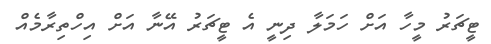
ޓީޗަރު މީހާ އަށް ހަމަލާ ދިނީ އެ ޓީޗަރު އޭނާ އަށް އިހްތިރާމެއް